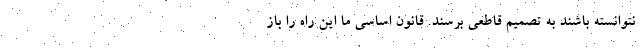
نتوانسته باشند به تصمیم قاطعی برسند. قانون اساسی ما این راه را باز